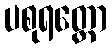
ပစုရတ္ထော